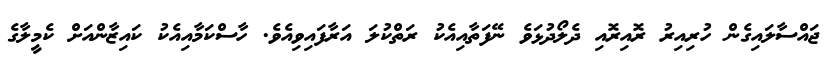
ޖައްސާލައިގެން ހުރިއިރު ރޮއިރޮއި ދެލޯދުޅަވެ ނޭފަތާއިއެކު ރަތްކުލަ އަރާފައިވިއެވެ. ހާސްކަމާއިއެކު ކައިޒާންއަށް ކެމީލާގެ